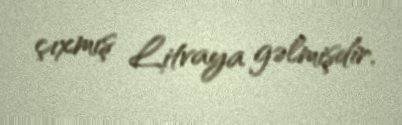
çıxmış Litvaya gəlmişdir.